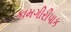
કામગીરીપાક